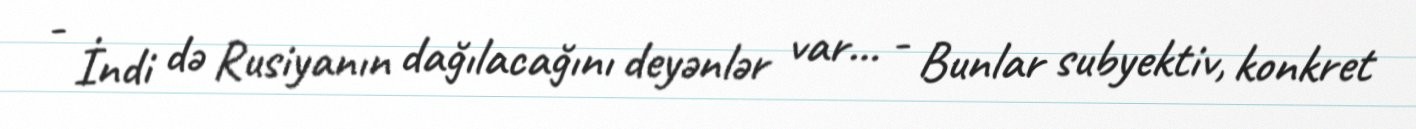
- İndi də Rusiyanın dağılacağını deyənlər var... - Bunlar subyektiv, konkret